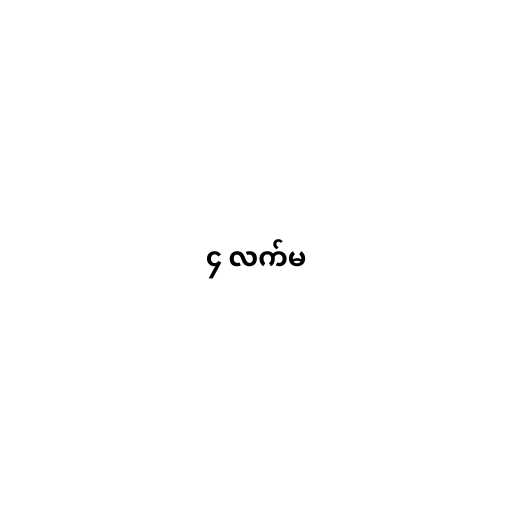
၄ လက်မ